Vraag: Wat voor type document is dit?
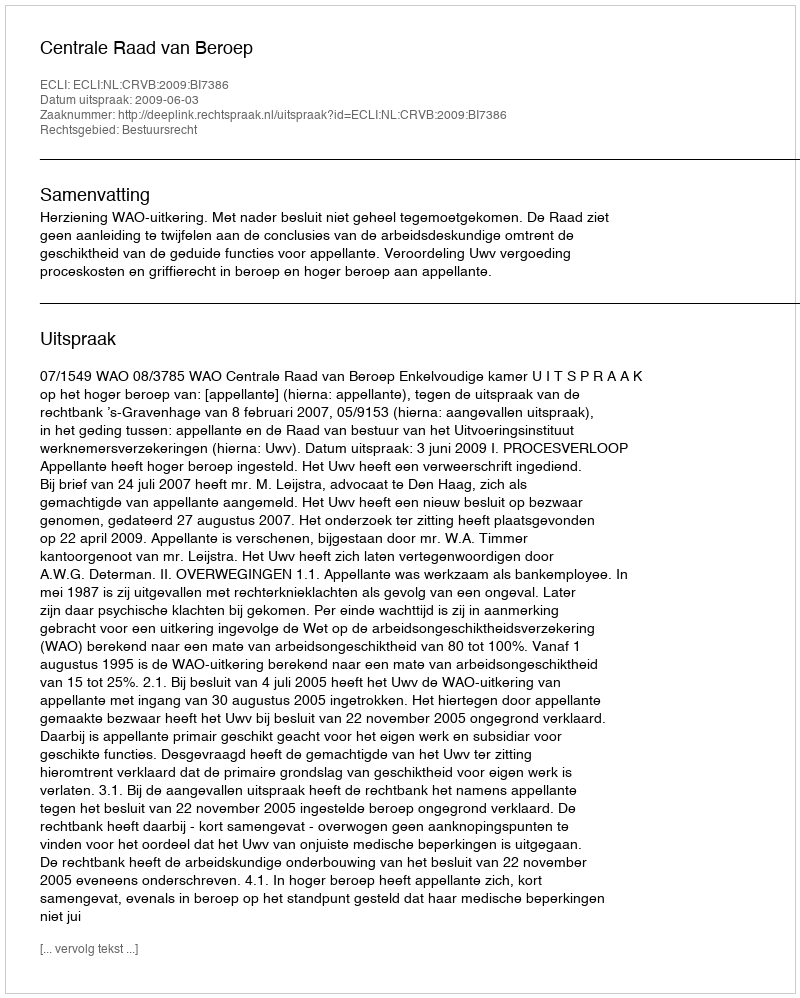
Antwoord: Uitspraak